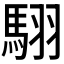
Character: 𮪄